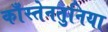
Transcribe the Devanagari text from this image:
काँस्तेनतुनिया